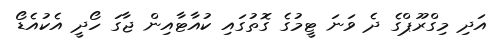
އަދި މިގްރޫޕްގެ ދެ ވަނަ ޓީމުގެ ގޮތުގައި ކުއާޓާއިން ޖާގަ ހޯދީ އެކުއެޑޯ